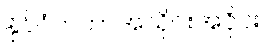
နိုင်ငံတကာအသိုင်းအဝိုင်း